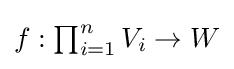
{\textstyle f:\prod _{i=1}^{n}V_{i}\to W}